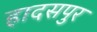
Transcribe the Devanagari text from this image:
हादसपुर